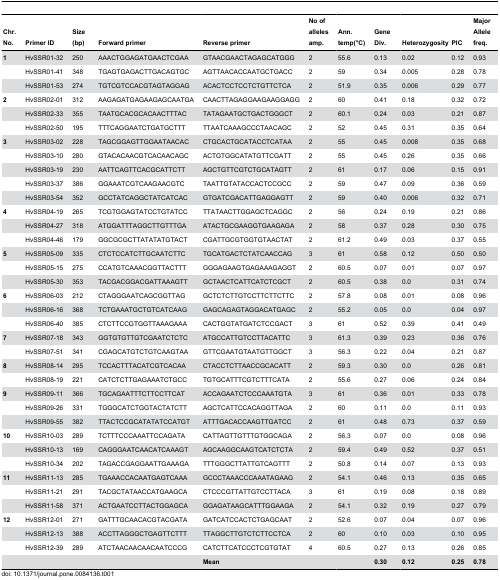
<table><thead><tr><td><b>Chr. No.</b></td><td><b>Primer ID</b></td><td><b>Size (bp)</b></td><td><b>Forward primer</b></td><td><b>Reverse primer</b></td><td><b>No of alleles amp.</b></td><td><b>Ann. temp(°C)</b></td><td><b>Gene Div.</b></td><td><b>Heterozygosity</b></td><td><b>PIC</b></td><td><b>Major Allele freq.</b></td></tr></thead><tbody><tr><td><b>1</b></td><td>HvSSR01-32</td><td>250</td><td>AAACTGGAGATGAACTCGAA</td><td>GTAACGAACTAGAGCATGGG</td><td>2</td><td>55.6</td><td>0.13</td><td>0.02</td><td>0.12</td><td>0.93</td></tr><tr><td></td><td>HvSSR01-41</td><td>348</td><td>TGAGTGAGACTTGACAGTGC</td><td>AGTTAACACCAATGCTGACC</td><td>2</td><td>59</td><td>0.34</td><td>0.005</td><td>0.28</td><td>0.78</td></tr><tr><td></td><td>HvSSR01-53</td><td>274</td><td>TGTCGTCCACGTAGTAGGAG</td><td>ACACTCCTCCTCTGTTCTCA</td><td>2</td><td>51.9</td><td>0.35</td><td>0.006</td><td>0.29</td><td>0.77</td></tr><tr><td><b>2</b></td><td>HvSSR02-01</td><td>312</td><td>AAGAGATGAGAAGAGCAATGA</td><td>CAACTTAGAGGAAGAAGGAGG</td><td>2</td><td>60</td><td>0.41</td><td>0.18</td><td>0.32</td><td>0.72</td></tr><tr><td></td><td>HvSSR02-33</td><td>355</td><td>TAATGCACGCACAACTTTAC</td><td>TATAGAATGCTGACTGGGCT</td><td>2</td><td>60.1</td><td>0.24</td><td>0.03</td><td>0.21</td><td>0.87</td></tr><tr><td></td><td>HvSSR02-50</td><td>195</td><td>TTTCAGGAATCTGATGCTTT</td><td>TTAATCAAAGCCCTAACAGC</td><td>2</td><td>52</td><td>0.45</td><td>0.31</td><td>0.35</td><td>0.64</td></tr><tr><td><b>3</b></td><td>HvSSR03-02</td><td>228</td><td>TAGCGGAGTTGGAATAACAC</td><td>CTGCACTGCATACCTCATAA</td><td>2</td><td>55</td><td>0.45</td><td>0.008</td><td>0.35</td><td>0.68</td></tr><tr><td></td><td>HvSSR03-10</td><td>280</td><td>GTACACAACGTCACAACAGC</td><td>ACTGTGGCATATGTTCGATT</td><td>2</td><td>55</td><td>0.45</td><td>0.26</td><td>0.35</td><td>0.66</td></tr><tr><td></td><td>HvSSR03-19</td><td>230</td><td>AATTCAGTTCACGCATTCTT</td><td>AGCTGTTCGTCTGCATAGTT</td><td>2</td><td>61</td><td>0.17</td><td>0.06</td><td>0.15</td><td>0.91</td></tr><tr><td></td><td>HvSSR03-37</td><td>386</td><td>GGAAATCGTCAAGAACGTC</td><td>TAATTGTATACCACTCCGCC</td><td>2</td><td>59</td><td>0.47</td><td>0.09</td><td>0.36</td><td>0.59</td></tr><tr><td></td><td>HvSSR03-54</td><td>352</td><td>GCCTATCAGGCTATCATCAC</td><td>GTGATCGACATTGAGGAGTT</td><td>2</td><td>59</td><td>0.40</td><td>0.006</td><td>0.32</td><td>0.71</td></tr><tr><td><b>4</b></td><td>HvSSR04-19</td><td>265</td><td>TCGTGGAGTATCCTGTATCC</td><td>TTATAACTTGGAGCTCAGGC</td><td>2</td><td>56</td><td>0.24</td><td>0.19</td><td>0.21</td><td>0.86</td></tr><tr><td></td><td>HvSSR04-27</td><td>318</td><td>ATGGATTTAGGCTTGTTTGA</td><td>ATACTGCGAAGGTGAAGAGA</td><td>2</td><td>58</td><td>0.37</td><td>0.28</td><td>0.30</td><td>0.75</td></tr><tr><td></td><td>HvSSR04-46</td><td>179</td><td>GGCGCGCTTATATATGTACT</td><td>CGATTGCGTGGTGTAACTAT</td><td>2</td><td>61.2</td><td>0.49</td><td>0.03</td><td>0.37</td><td>0.55</td></tr><tr><td><b>5</b></td><td>HvSSR05-09</td><td>335</td><td>CTCTCCATCTTGCAATCTTC</td><td>TGCATGACTCTATCAACCAG</td><td>3</td><td>61</td><td>0.58</td><td>0.12</td><td>0.50</td><td>0.50</td></tr><tr><td></td><td>HvSSR05-15</td><td>275</td><td>CCATGTCAAACGGTTACTTT</td><td>GGGAGAAGTGAGAAAGAGGT</td><td>2</td><td>60.5</td><td>0.07</td><td>0.01</td><td>0.07</td><td>0.97</td></tr><tr><td></td><td>HvSSR05-30</td><td>353</td><td>TACGACGGACGATTAAAGTT</td><td>GCTAACTCATTCATCTCGCT</td><td>2</td><td>60.5</td><td>0.38</td><td>0.0</td><td>0.31</td><td>0.74</td></tr><tr><td><b>6</b></td><td>HvSSR06-03</td><td>212</td><td>CTAGGGAATCAGCGGTTAG</td><td>GCTCTCTTGTCCTTCTTCTTC</td><td>2</td><td>57.8</td><td>0.08</td><td>0.01</td><td>0.08</td><td>0.96</td></tr><tr><td></td><td>HvSSR06-16</td><td>368</td><td>TCTGAAATGCTGTCATCAAG</td><td>GAGCAGAGTAGGACATGAGC</td><td>2</td><td>55.2</td><td>0.05</td><td>0.0</td><td>0.04</td><td>0.97</td></tr><tr><td></td><td>HvSSR06-40</td><td>385</td><td>CTCTTCCGTGGTTAAAGAAA</td><td>CACTGGTATGATCTCCGACT</td><td>3</td><td>61</td><td>0.52</td><td>0.39</td><td>0.41</td><td>0.49</td></tr><tr><td><b>7</b></td><td>HvSSR07-18</td><td>343</td><td>GGTGTGTTGTCGAATCTCTC</td><td>ATGCCATTGTCCTTACATTC</td><td>3</td><td>61.3</td><td>0.39</td><td>0.23</td><td>0.36</td><td>0.76</td></tr><tr><td></td><td>HvSSR07-51</td><td>341</td><td>CGAGCATGTCTGTCAAGTAA</td><td>GTTCGAATGTAATGTTGGCT</td><td>3</td><td>56.3</td><td>0.22</td><td>0.04</td><td>0.21</td><td>0.87</td></tr><tr><td><b>8</b></td><td>HvSSR08-14</td><td>295</td><td>TCCACTTTACATCGTCACAA</td><td>CTACCTCTTAACCGCACATT</td><td>2</td><td>59.3</td><td>0.30</td><td>0.0</td><td>0.26</td><td>0.81</td></tr><tr><td></td><td>HvSSR08-19</td><td>221</td><td>CATCTCTTGAGAAATCTGCC</td><td>TGTGCATTTCGTCTTTCATA</td><td>2</td><td>55.6</td><td>0.27</td><td>0.06</td><td>0.24</td><td>0.84</td></tr><tr><td><b>9</b></td><td>HvSSR09-11</td><td>366</td><td>TGCAGAATTTCTTCCTTCAT</td><td>ACCAGAATCTCCCAAATGTA</td><td>3</td><td>61</td><td>0.36</td><td>0.01</td><td>0.33</td><td>0.78</td></tr><tr><td></td><td>HvSSR09-26</td><td>331</td><td>TGGGCATCTGGTACTATCTT</td><td>AGCTCATTCCACAGGTTAGA</td><td>2</td><td>60</td><td>0.11</td><td>0.0</td><td>0.11</td><td>0.93</td></tr><tr><td></td><td>HvSSR09-55</td><td>382</td><td>TTACTCCGCATATATCCATGT</td><td>ATTTGACACCAAGTTGATCC</td><td>2</td><td>61</td><td>0.48</td><td>0.73</td><td>0.37</td><td>0.59</td></tr><tr><td><b>10</b></td><td>HvSSR10-03</td><td>289</td><td>TCTTTCCCAAATTCCAGATA</td><td>CATTAGTTGTTTGTGGCAGA</td><td>2</td><td>56.3</td><td>0.07</td><td>0.0</td><td>0.08</td><td>0.96</td></tr><tr><td></td><td>HvSSR10-13</td><td>169</td><td>CAGGGAATCAACATCAAAGT</td><td>AGCAAGGCAAGTCATCTCTA</td><td>2</td><td>59.4</td><td>0.49</td><td>0.52</td><td>0.37</td><td>0.51</td></tr><tr><td></td><td>HvSSR10-34</td><td>202</td><td>TAGACCGAGGAATTGAAAGA</td><td>TTTGGGCTTATTGTCAGTTT</td><td>2</td><td>50.8</td><td>0.14</td><td>0.07</td><td>0.13</td><td>0.93</td></tr><tr><td><b>11</b></td><td>HvSSR11-13</td><td>285</td><td>TGAAACCACAATGAGTCAAA</td><td>GCCCTAAACCCAAATAGAAG</td><td>2</td><td>54.1</td><td>0.46</td><td>0.13</td><td>0.35</td><td>0.65</td></tr><tr><td></td><td>HvSSR11-21</td><td>291</td><td>TACGCTATAACCATGAAGCA</td><td>CTCCCGTTATTGTCCTTACA</td><td>3</td><td>61</td><td>0.19</td><td>0.08</td><td>0.18</td><td>0.89</td></tr><tr><td></td><td>HvSSR11-58</td><td>371</td><td>ACTGAATCCTTACTGGAGCA</td><td>GGAGATAAGCATTTGGAAGA</td><td>2</td><td>54.1</td><td>0.32</td><td>0.19</td><td>0.27</td><td>0.79</td></tr><tr><td><b>12</b></td><td>HvSSR12-01</td><td>271</td><td>GATTTGCAACACGTACGATA</td><td>GATCATCCACTCTGAGCAAT</td><td>2</td><td>52.6</td><td>0.07</td><td>0.04</td><td>0.07</td><td>0.96</td></tr><tr><td></td><td>HvSSR12-13</td><td>388</td><td>ACCTTAGGGCTGAGTTCTTT</td><td>TTAGGCTTGTCTCTTCCTCA</td><td>2</td><td>60</td><td>0.10</td><td>0.03</td><td>0.10</td><td>0.95</td></tr><tr><td></td><td>HvSSR12-39</td><td>289</td><td>ATCTAACAACAACAATCCCG</td><td>CATCTTCATCCCTCGTGTAT</td><td>4</td><td>60.5</td><td>0.27</td><td>0.13</td><td>0.26</td><td>0.85</td></tr><tr><td></td><td></td><td></td><td></td><td><b>Mean</b></td><td></td><td></td><td><b>0.30</b></td><td><b>0.12</b></td><td><b>0.25</b></td><td><b>0.78</b></td></tr></tbody></table>